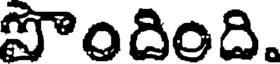
పొందింది.